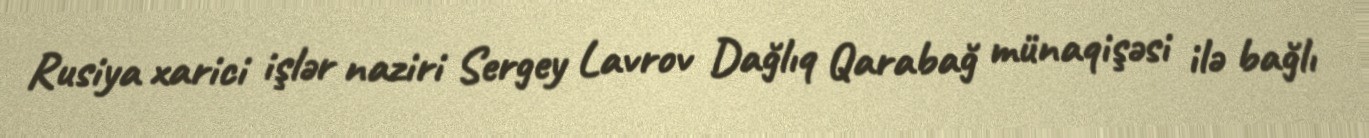
Rusiya xarici işlər naziri Sergey Lavrov Dağlıq Qarabağ münaqişəsi ilə bağlı